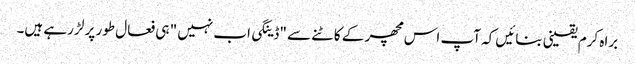
براہ کرم یقینی بنائیں کہ آپ اس مچھر کے کاٹنے سے "ڈینگی اب نہیں " ہی فعال طور پر لڑ رہے ہیں۔